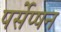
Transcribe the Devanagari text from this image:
पर्सेप्षन